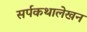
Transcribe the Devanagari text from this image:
सर्पकथालेखन